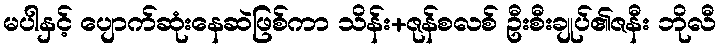
မပါနှင့် ပျောက်ဆုံးနေဆဲဖြစ်ကာ သိန်း+ဇုန်စလစ် ဦးစီးချုပ်၏ဇနီး ဘိုလီ